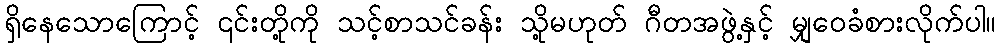
ရှိနေသောကြောင့် ၎င်းတို့ကို သင့်စာသင်ခန်း သို့မဟုတ် ဂီတအဖွဲ့နှင့် မျှဝေခံစားလိုက်ပါ။